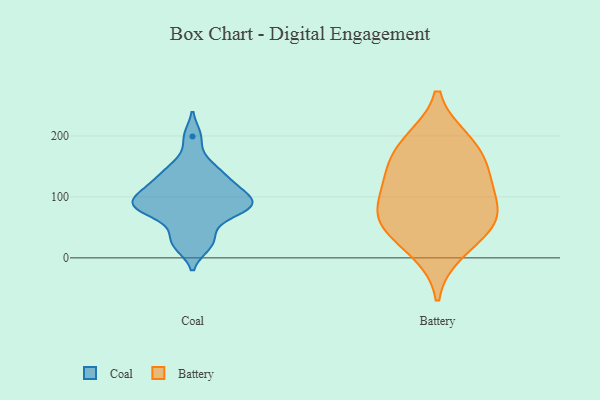
{"axis": {"x": "Humidity (%)", "y": "Value"}, "legend": ["Battery", "Coal"], "data": [{"x": "", "y": 199, "type": "Coal"}, {"x": "", "y": 142, "type": "Coal"}, {"x": "", "y": 154, "type": "Coal"}, {"x": "", "y": 83, "type": "Coal"}, {"x": "", "y": 128, "type": "Coal"}, {"x": "", "y": 20, "type": "Coal"}, {"x": "", "y": 46, "type": "Coal"}, {"x": "", "y": 83, "type": "Coal"}, {"x": "", "y": 82, "type": "Coal"}, {"x": "", "y": 110, "type": "Coal"}, {"x": "", "y": 90, "type": "Coal"}, {"x": "", "y": 106, "type": "Coal"}, {"x": "", "y": 25, "type": "Coal"}, {"x": "", "y": 88, "type": "Coal"}, {"x": "", "y": 76, "type": "Coal"}, {"x": "", "y": 119, "type": "Coal"}, {"x": "", "y": 69, "type": "Battery"}, {"x": "", "y": 117, "type": "Battery"}, {"x": "", "y": 78, "type": "Battery"}, {"x": "", "y": 52, "type": "Battery"}, {"x": "", "y": 185, "type": "Battery"}, {"x": "", "y": 57, "type": "Battery"}, {"x": "", "y": 131, "type": "Battery"}, {"x": "", "y": 192, "type": "Battery"}, {"x": "", "y": 11, "type": "Battery"}, {"x": "", "y": 151, "type": "Battery"}]}